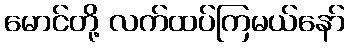
မောင်တို့ လက်ထပ်ကြမယ်နော်